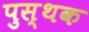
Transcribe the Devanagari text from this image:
पुस्थक